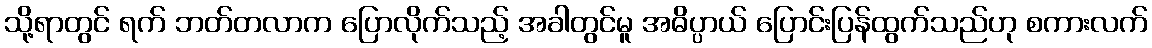
သို့ရာတွင် ရက် ဘတ်တလာက ပြောလိုက်သည့် အခါတွင်မူ အဓိပ္ပာယ် ပြောင်းပြန်ထွက်သည်ဟု စကားလက်